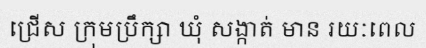
ជ្រើស ក្រុមប្រឹក្សា ឃុំ សង្កាត់ មាន រយៈពេល